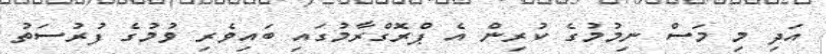
އަދި މި މަސް ނިމުމުގެ ކުރިން އެ ޕްރޮގްރާމުގައި ބައިވެރި ވުމުގެ ފުރުސަތު